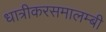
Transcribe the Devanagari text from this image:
धात्रीकरसमालम्बी